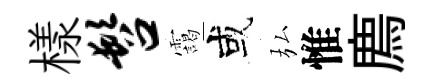
樣髫靄或弘惟廌